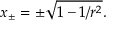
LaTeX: x _ { \pm } = \pm \sqrt { 1 - 1 / r ^ { 2 } } .